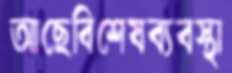
আছেবিশেষব্যবস্থা